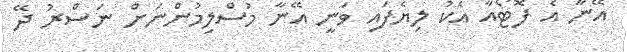
އޭނާ އެ ފޮޓޯއާ އެކު ލިޔެފައި ވަނީ އޭނާ މުސްލިމުންނަށް ނަސްރު ދޭ